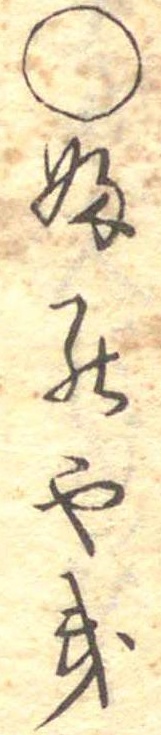
○ふのやき